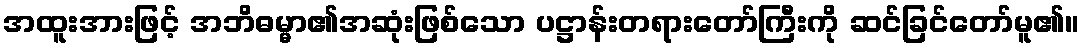
အထူးအားဖြင့် အဘိဓမ္မာ၏အဆုံးဖြစ်သော ပဋ္ဌာန်းတရားတော်ကြီးကို ဆင်ခြင်တော်မူ၏။